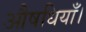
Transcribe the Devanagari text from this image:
औषधियाँ।